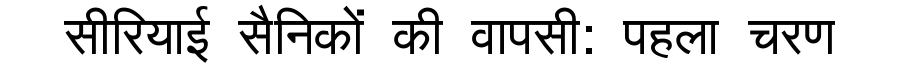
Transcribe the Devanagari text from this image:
सीरियाई सैनिकों की वापसी: पहला चरण